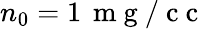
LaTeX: n_{0}=1\, \mathrm{~m~g~/~c~c~}